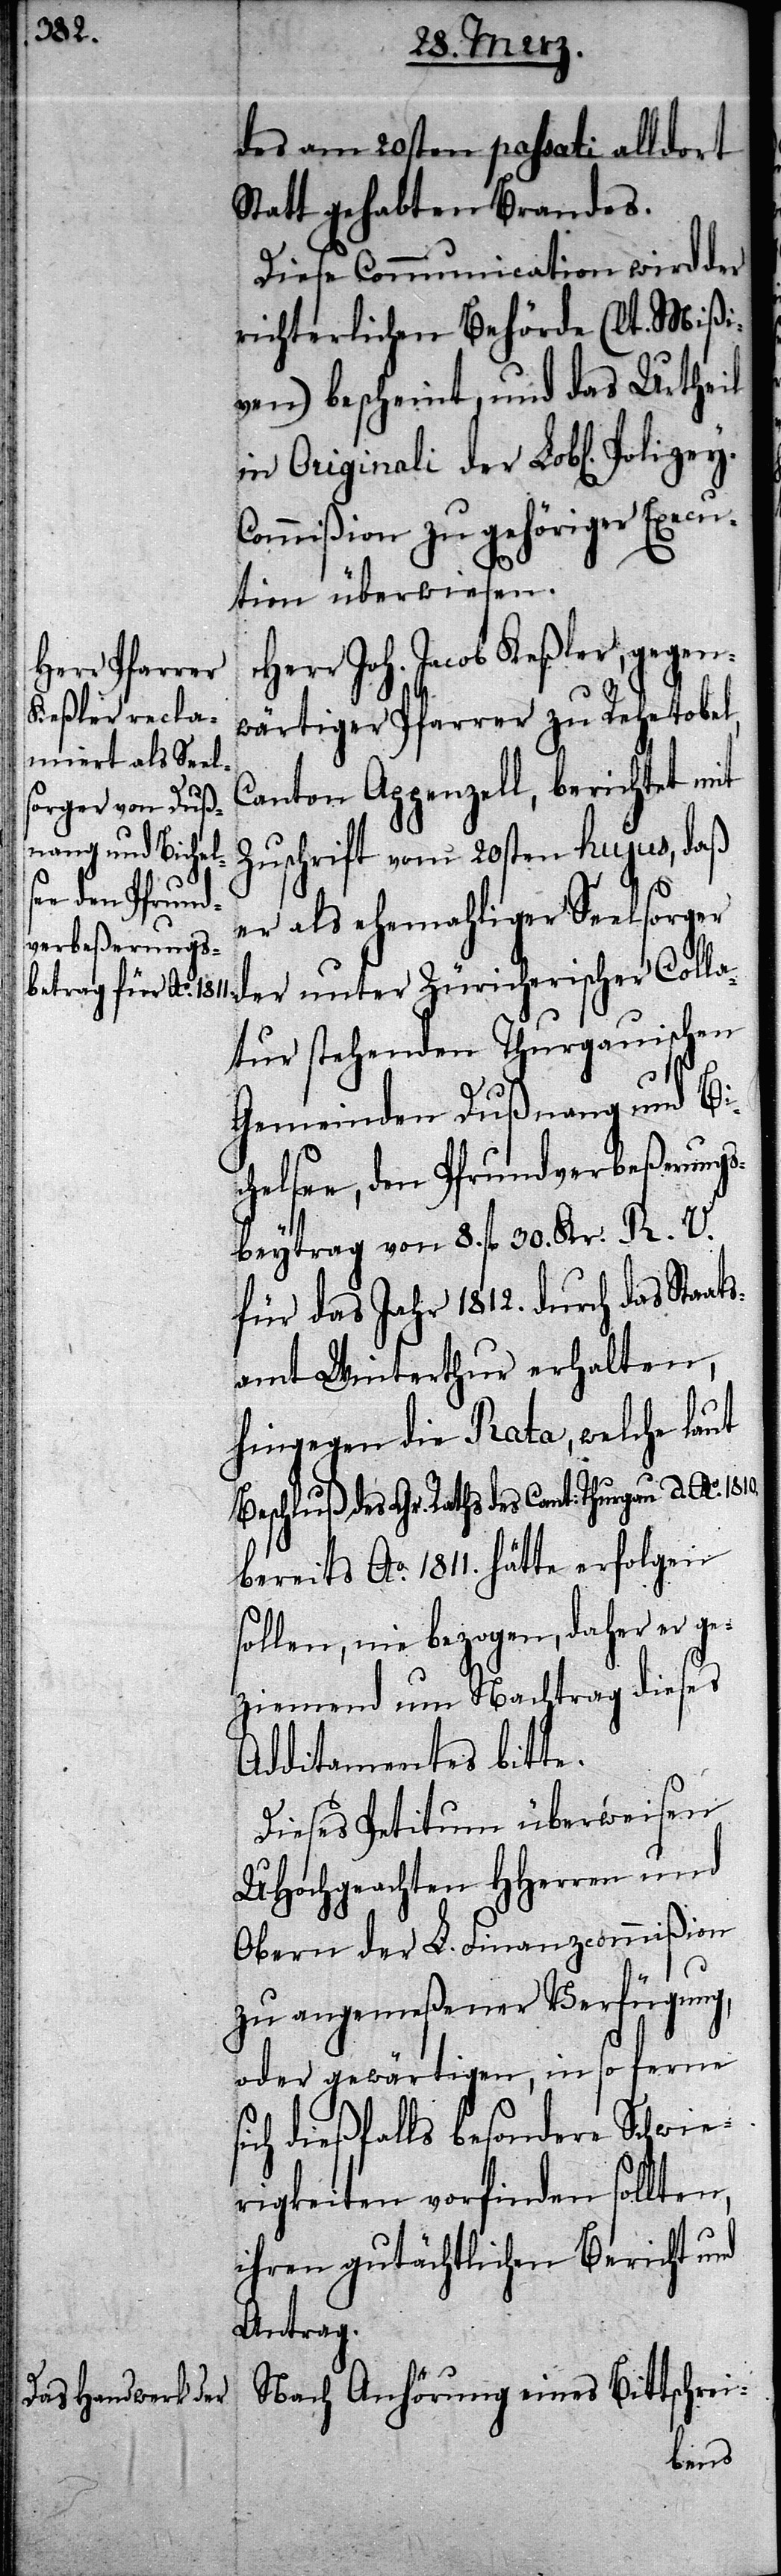
des am 20sten passati alldort
Statt gehabten Brandes.
Diese Communication wird der
richterlichen Behörde (lt. Mißi¬
ven) bescheint, und das Urtheil
in Originali der Lobl[ichen]
ommißion zu gehöriger Execu¬
tion überwiesen.
Herr Joh. Jacob Keßler, gegen¬
wärtiger Pfarrer zu Rehetobel,
Canton Appenzell, berichtet mit
Zuschrift vom 20sten hujus, daß
Polizey-C¬
er als ehemahliger Seelsorger
tur stehenden Thurgauischen
Gemeinden Dußnang und Bi¬
chelsee, den Pfrundverbeßerungs¬
beytrag von 8. fl 30. Kr. R. V.
für das Jahr 1812. durch das Staat¬
samt Winterthur erhalten,
hingegen die Rata, welche laut
bereits Ao. 1811. hätte erfolgen
sollen, nie bezogen, daher er ge¬
ziemend um Nachtrag dieses
Additamentes bitte.
Dieses Petitum überweisen
UHochgeachten HHerren und
Obern der L. Finanzcommißion
d.
s¬
zu angemeßener Verfügung,
oder gewärtigen, in so ferne
ich dießfalls besondere Schwie¬
rigkeiten vorfinden sollten,
ihren gutächtlichen Bericht und
Antrag.
Nach Anhörung eines Bittschrei-